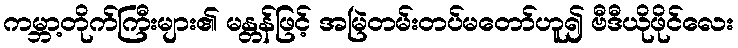
ကမ္ဘာ့တိုက်ကြီးများ၏ မန္တန်ဖြင့် အမြဲတမ်းတပ်မတော်ဟူ၍ ဗီဒီယိုဖိုင်လေး